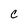
Character: c